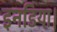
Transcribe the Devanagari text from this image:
इनडिया।